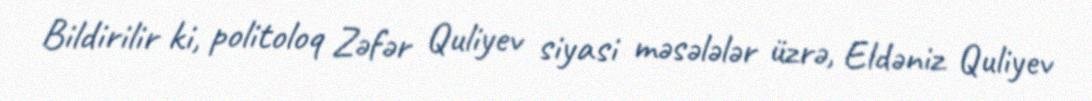
Bildirilir ki, politoloq Zəfər Quliyev siyasi məsələlər üzrə, Eldəniz Quliyev